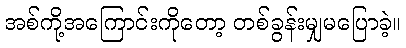
အစ်ကို့အကြောင်းကိုတော့ တစ်ခွန်းမျှမပြောခဲ့။